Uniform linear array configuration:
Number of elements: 48
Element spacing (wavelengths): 0.25
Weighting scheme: cosine
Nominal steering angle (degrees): -45
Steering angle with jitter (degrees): -43.916
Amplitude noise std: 0.05
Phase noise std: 0.05

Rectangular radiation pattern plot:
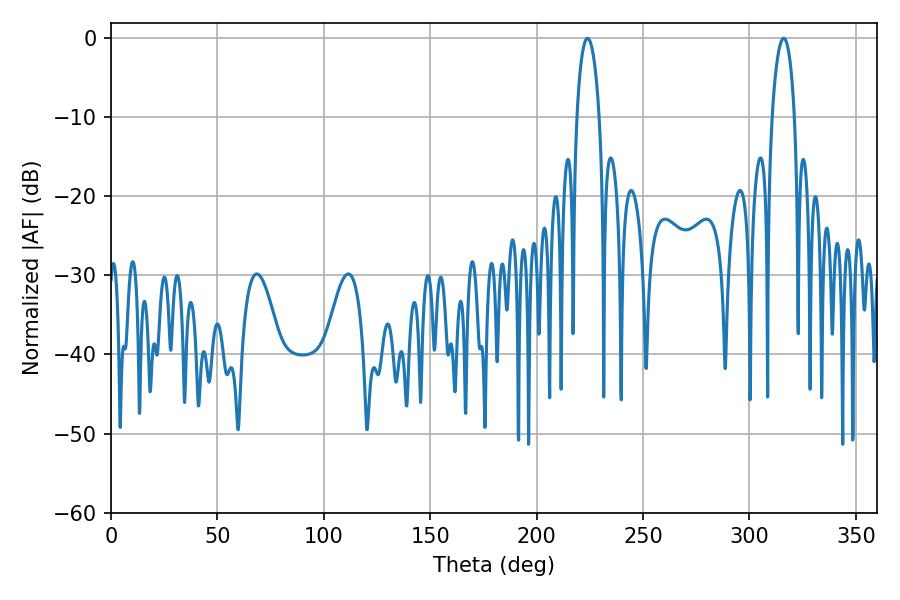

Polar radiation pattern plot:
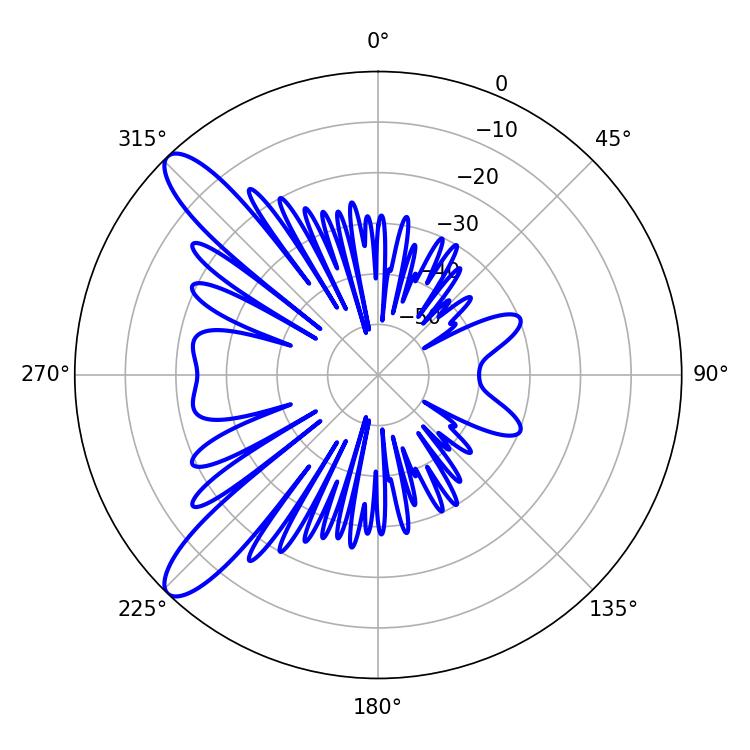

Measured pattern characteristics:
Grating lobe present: FALSE
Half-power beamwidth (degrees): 5.94
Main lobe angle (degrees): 316.08